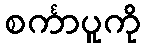
စင်္ကာပူကို